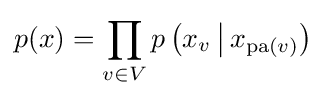
p(x)=\prod _{v\in V}p\left(x_{v}\,{\big |}\,x_{\operatorname {pa} (v)}\right)